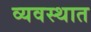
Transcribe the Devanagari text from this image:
व्यवस्थात